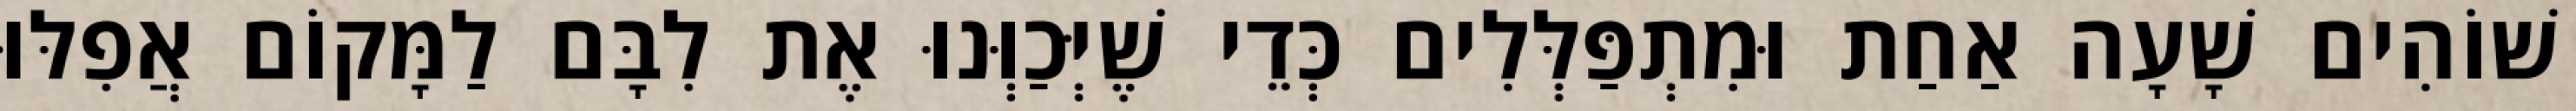
שׁוֹהִים שָׁעָה אַחַת וּמִתְפַּלְּלִים כְּדֵי שֶׁיְּכַוְּנוּ אֶת לִבָּם לַמָּקוֹם אֲפִלּוּ